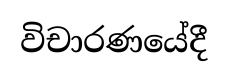
විචාරණයේදී